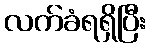
လက်ခံရရှိပြီး